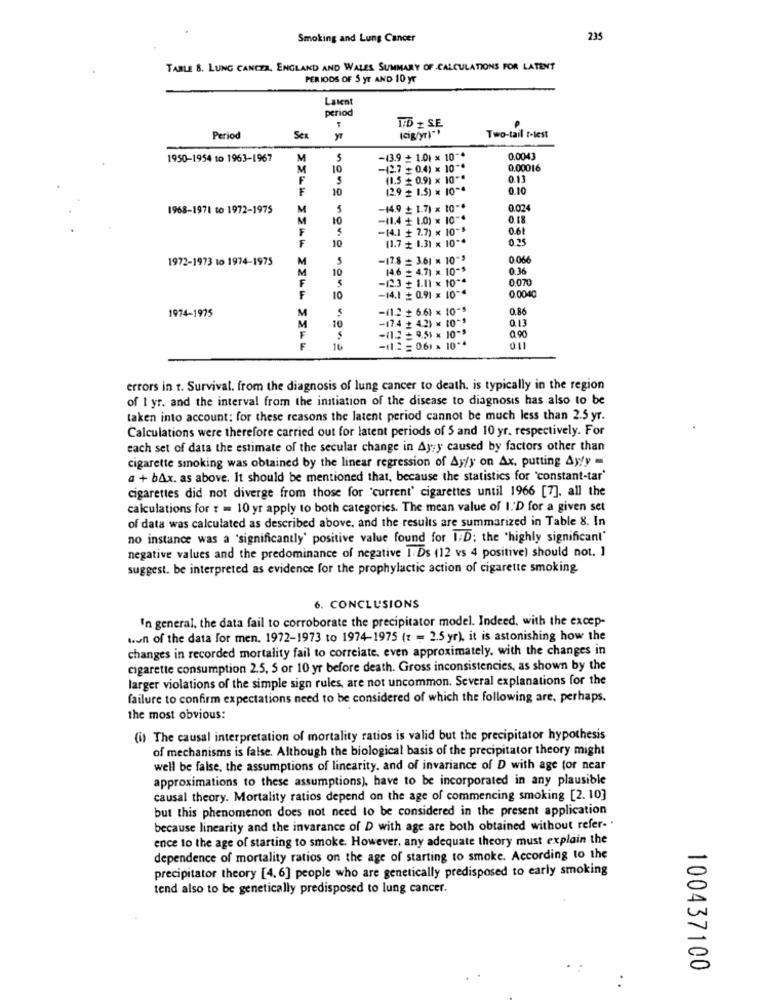
Smoking and Lung Cancer
235
TABLE 8. LUNG CANCER, ENGLAND AND WALES SUMMARY OF CALCULATIONS FOR LATENT
PERIODS OF S YT AND 10 yr
Latent
period
TD + SE
(cig/yr] **
Period
Sex
Two-tail telest
1950-1954 to 1963-1967
M
-13.9 + 1.01 × 10 ~*
0.0043
M
10
-(27 + 0.4) × 10 **
0.00016
F
$
(1.5 + 0.9) x 10 **
0.13
F
10
12.9 + 1.5) × 10 **
0.10
1968-1971 to 1972-1975
M
-(4.9 + 1.7) x 10 **
0.024
M
10
-(1.4 + 1.0) × 10 -*
0.18
F
-(4.1 + 7.7) × 10"
0.61
F
10
(1.7 + 1.31 × 10 **
0.25
1972-1973 to 1974-1975
M
-(7.8 = 3.61 = 10"3
0 066
10
14.6 = 4.7) x 10-9
0.36
-(2.3 + 1.01 × 10 **
0.070
F
10
-14.1 + 0.91 × 10-4
0.0040
1974-1975
-(1.2 + 6.6) × 10-S
0.86
M
M
-(7.4 + 4.2) = 10*1
F
10
0.13
-(1.2 = 9.51 x 10-3
0,90
F
-11.2 = 0.61 * 10 **
011
errors in t. Survival. from the diagnosis of lung cancer to death, is typically in the region
of 1 yr. and the interval from the initiation of the disease to diagnosis has also to be
taken into account: for these reasons the latent period cannot be much less than 2.5 yr.
Calculations were therefore carried out for latent periods of 5 and 10 yr. respectively. For
each set of data the estimate of the secular change in Ayyy caused by factors other than
cigarette smoking was obtained by the linear regression of Ay/y on Ax. putting Ayfy =
a + bAx. as above. It should be mentioned that, because the statistics for 'constant-tar'
cigarettes did not diverge from those for 'current' cigarettes until 1966 [7]. all the
calculations for t = 10 yr apply to both categories. The mean value of I'D for a given set
of data was calculated as described above, and the results are summarized in Table 8. In
no instance was a 'significantly' positive value found for 1;D; the 'highly significant"
negative values and the predominance of negative I Ds (12 vs 4 positive) should not. ]
suggest. be interpreted as evidence for the prophylactic action of cigarette smoking
6. CONCLUSIONS
In general, the data fail to corroborate the precipitator model. Indeed, with the excep-
won of the data for men. 1972-1973 to 1974-1975 (z = 2.5 yr), it is astonishing how the
changes in recorded mortality fail to correlate, even approximately. with the changes in
cigarette consumption 2.5, 5 or 10 yr before death. Gross inconsistencies, as shown by the
larger violations of the simple sign rules, are not uncommon. Several explanations for the
failure to confirm expectations need to be considered of which the following are, perhaps.
the most obvious:
(i) The causal interpretation of mortality ratios is valid but the precipitator hypothesis
of mechanisms is false. Although the biological basis of the precipitator theory might
well be false, the assumptions of linearity. and of invariance of D with age for near
approximations to these assumptions), have to be incorporated in any plausible
causal theory. Mortality ratios depend on the age of commencing smoking [2. 10]
but this phenomenon does not need to be considered in the present application
because linearity and the invarance of D with age are both obtained without refer -.
ence to the age of starting to smoke. However, any adequate theory must explain the
dependence of mortality ratios on the age of starting to smoke. According to the
precipitator theory [4. 6] people who are genetically predisposed to early smoking
tend also to be genetically predisposed to lung cancer.
100437100